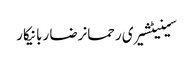
سینیٹشیری رحمانرضا ربانیکار